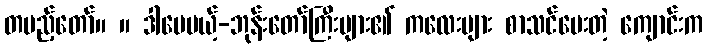
တပည့်တော်။ ။ ဒါပေမယ့်-ဘုန်းတော်ကြီးများ၏ ကလေးများ စာသင်ပေးတဲ့ ကျောင်းက